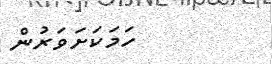
ހަމަކަށަވަރުން